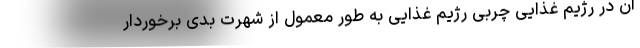
آن در رژیم غذایی چربی رژیم غذایی به طور معمول از شهرت بدی برخوردار